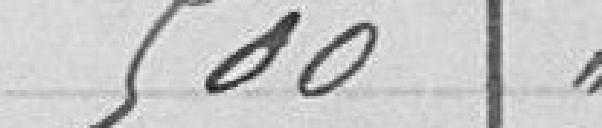
500